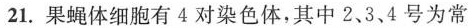
21.果蝇体细胞有4对染色体，其中2、3、4号为常染色体。已知控制长翅/残翅性状的基因位于2号染色体上，控制灰体/黑檀体性状的基因位于3号染色体上。某小组用一只无眼灰体长翅雌蝇与一只有眼灰体长翅雄蝇杂交，杂交子代的表现型及其比例如下：眼性别灰体长翅：灰体残翅：黑檀体长翅：黑檀体残翅 $$\frac{1}{2}$$ 雌 9:3:3:1 $$\frac{1}{2}$$ 有眼 $$\frac{1}{2}$$ 雄 9:3﹔3:1 $$\frac{1}{2}$$ 雌 9:3﹔3:1 $$\frac{1}{2}$$ 无眼 $$\frac{1}{2}$$ 雄 9﹔3:3﹔1回答下列问题：(1)根据杂交结果，______(填”能”或”不能”)判断控制果蝇有眼/无眼性状的基因是位于X染色体还是常染色体上。若控制果蝇有眼/无眼性状的基因位于X染色体上，根据上述亲本杂交组合和杂交结果判断，显性性状是__________，判断依据是__________________________。(2)若控制果蝇有眼/无眼性状的基因位于常染色体上，请用上表中杂交子代果蝇为材料设计一个杂交实验来确定无眼性状的显隐性。(要求：写出杂交组合和预期结果)_________________________________。